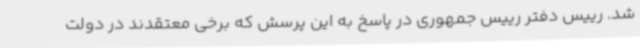
شد. رییس دفتر رییس جمهوری در پاسخ به این پرسش که برخی معتقدند در دولت